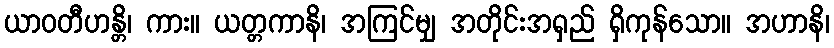
ယာဝတီဟန္တိ၊ ကား။ ယတ္တကာနိ၊ အကြင်မျှ အတိုင်းအရှည် ရှိကုန်သော။ အဟာနိ၊